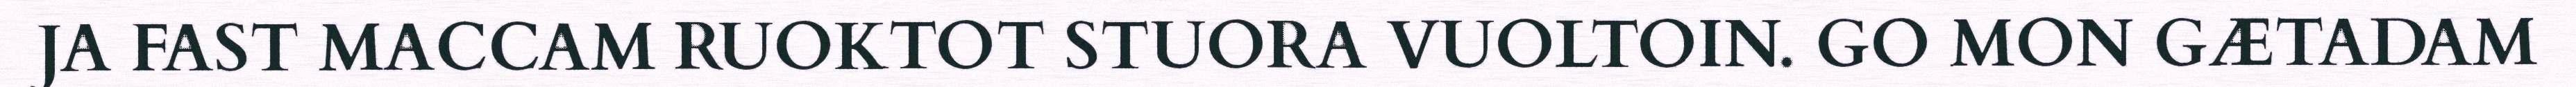
JA FAST MACCAM RUOKTOT STUORA VUOLTOIN. GO MON GÆTADAM